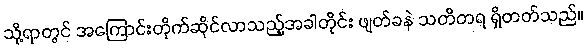
သို့ရာတွင် အကြောင်းတိုက်ဆိုင်လာသည့်အခါတိုင်း ဖျတ်ခနဲ သတိတရ ရှိတတ်သည်။